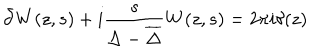
LaTeX: \bar { \partial } W ( z , s ) + i \frac { s } { \Delta - { \overline { { \Delta } } } } W ( z , s ) = 2 \pi i \delta ( z ) \nonumber